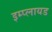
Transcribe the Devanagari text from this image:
इम्प्लायड